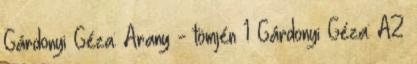
Gárdonyi Géza: Arany - tömjén 1 Gárdonyi Géza: AZ